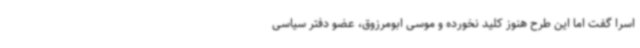
اسرا گفت اما این طرح هنوز کلید نخورده و موسی ابومرزوق، عضو دفتر سیاسی